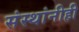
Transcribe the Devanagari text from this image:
संस्थांनीही